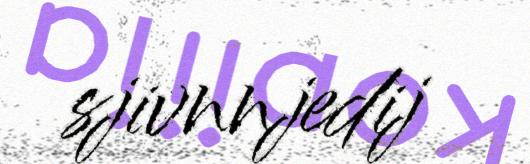
sjivnnjedij